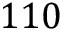
1 1 0